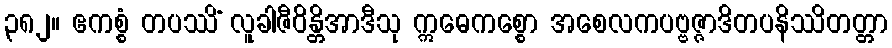
၃၈၂။ ဧကစ္စံ တပဿိံ လူခါဇီဝိန္တိအာဒီသု ဣဓေကစ္စော အစေလကပဗ္ဗဇ္ဇာဒိတပနိဿိတတ္တာ